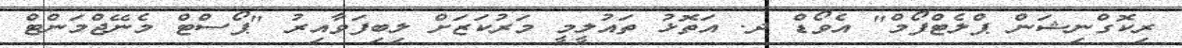
ރިކޮގްނިޝަން ޕްލެޓްފޯމް" އެވޯޑް ދ. އަތޮޅު ތައުލީމީ މަރުކަޒަށް ލިބިފަވާއިރު "ޕޯސްޓް މެނޭޖްމަންޓް